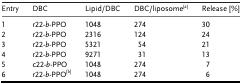
| Entry | DBC | Lipid/DBC | DBC/liposome[a] | Release [%] |
 | --- | --- | --- | --- | --- |
 | 1 | r22-b-PPO | 1048 | 274 | 30 |
 | 2 | r22-b-PPO | 2316 | 124 | 24 |
 | 3 | r22-b-PPO | 5321 | 54 | 21 |
 | 4 | r22-b-PPO | 9271 | 31 | 13 |
 | 5 | c22-b-PPO | 1048 | 274 | 7 |
 | 6 | r22-b-PPO[b] | 1048 | 274 | 6 |